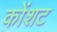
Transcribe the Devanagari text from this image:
कोंशट